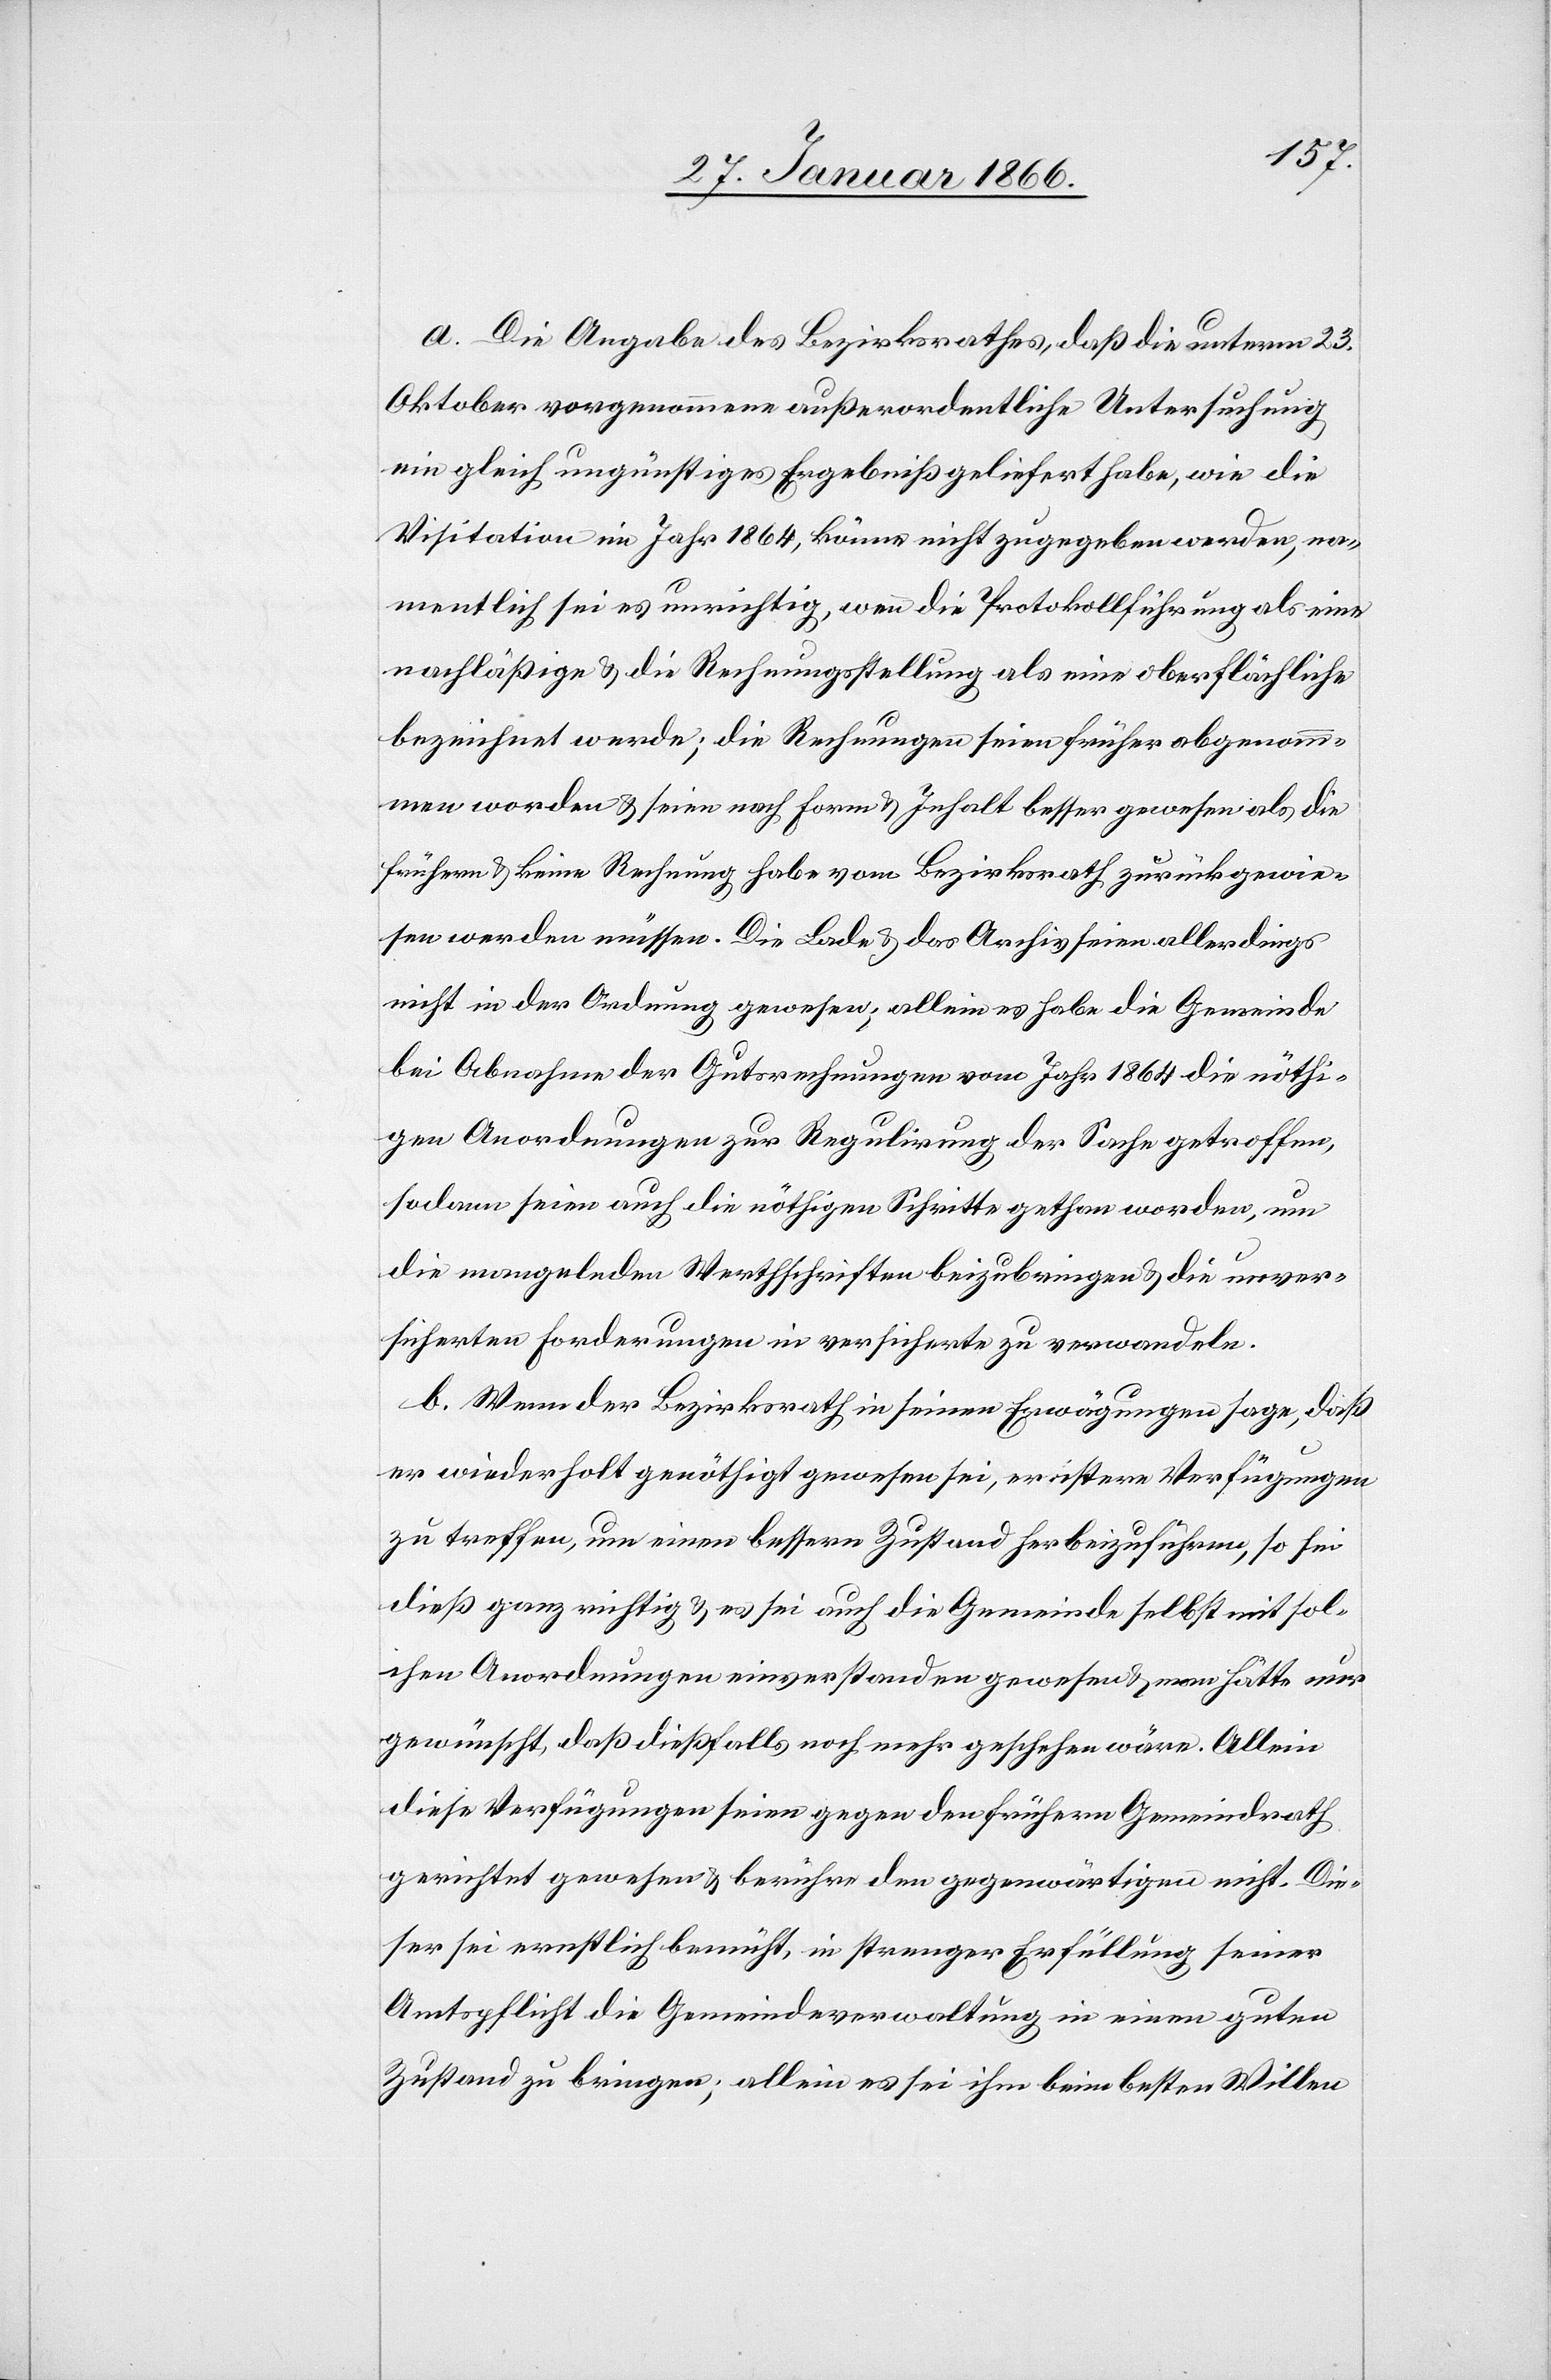
a. Die Angabe des Bezirksrathes, daß die unterm 23.
Oktober vorgenommene außerordentliche Untersuchung
ein gleich ungünstiges Ergebniß geliefert habe, wie die
Visitation im Jahr 1864, könne nicht zugegeben werden, na¬
mentlich sei es unrichtig, wenn die Protokollführung als eine
nachläßige u. die Rechnungsstellung als eine oberflächliche
bezeichnet werde; die Rechnungen seien früher abgenom¬
men worden u. seien nach Form u. Inhalt besser gewesen als die
frühern u. keine Rechnung habe vom Bezirksrath zurückgewie¬
sen werden müssen. Die Lade u. das Archiv seien allerdings
nicht in der Ordnung gewesen; allein es habe die Gemeinde
bei Abnahme der Gutsrechnungen vom Jahr 1864 die nöthi¬
gen Anordnungen zur Regulirung der Sache getroffen,
sodann seien auch die nöthigen Schritte gethan worden, um
die mangelnden Werthschriften beizubringen u. die unver¬
sicherten Forderungen in versicherte zu verwandeln.
b. Wenn der Bezirksrath in seinen Erwägungen sage, daß
er wiederholt genöthigt gewesen sei, ernstere Verfügungen
zu treffen, um einen bessern Zustand herbeizuführen, so sei
dieß ganz richtig u. es sei auch die Gemeinde selbst mit sol¬
chen Anordnungen einverstanden gewesen u. man hätte nur
gewünscht, daß dießfalls noch mehr geschehen wäre. Allein
diese Verfügungen seien gegen den frühern Gemeindrath
gerichtet gewesen u. berühren den gegenwärtigen nicht. Die¬
ser sei ernstlich bemüht, in strenger Erfüllung seiner
Amtspflicht die Gemeindeverwaltung in einen guten
Zustand zu bringen; allein es sei ihm beim besten Willen